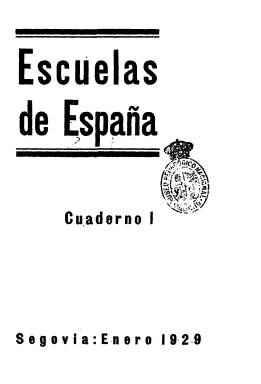
Título: Escuelas de España
Colección: Educación
Ámbito geográfico: Segovia
Lugar de publicación: Madrid
Fechas: 01/01/1929-31/07/1936

“Tres desconocidos maestros, de tres desconocidos lugares del Segovia desconocido, intentan la gran tarea de dar a conocer las escuelas y los maestros españoles”, escriben en la presentación de esta revista los jóvenes maestros nacionales David Bayón Carretero, de Cuéllar; Norberto Hernanz Hernanz, de Torre Val de San Pedro, y Pablo de Andrés y Cobos (1899-1973), de San Ildefonso, publicación que en julio de 1931 traslada su edición a Barcelona y en enero de 1934 a Madrid, y en la que escribirán sus artículos, entre otros, Manuel B. Cossío, Enrique Azcoaga, Mariano Domínguez, Isidoro Enríquez, L. Bello, A. de Tudela o Matilde G. del Real, aparecerán textos de María Zambrano y José Ferrater y Mora, tendrá representantes en más de treinta provincias, además de en Portugal, y su peripecia acabará con su último número, que se publica en julio de 1936.

Aparece estampada en la imprenta de Carlos Martín (Heraldo Segoviano) en enero de 1929, en entregas trimestrales de unas 120 páginas por número, compuestas a una columna y en 8º. Su comité de Redacción estaba dirigido por los citados Bayón, Hernanz y Cobos, tutelados por el influyente inspector Antonio Ballesteros Usano, y se decía que era una publicación “de todos los maestros, de los maestros despiertos, vigilantes, insatisfechos, ambiciosos, noblemente ambiciosos”, a la vez que manifestaba su espíritu regionalista. En julio de 1931 empieza a editarse en Barcelona, en un momento en el que ya está en vigor el decreto sobre bilingüismo que reconoce los derechos de la lengua catalana, y en su entrega de enero de 1932, anuncia su suspensión por no disponer de la suficiente financiación para seguir publicándose.

Reaparece editada en Madrid en enero de 1934, iniciando su segunda época, con el subtítulo “revista mensual de pedagogía”, haciéndolo ahora en entregas de unas 50 páginas, en algunas de las cuales insertará dibujos y unas pocas fotografías. En los números de diciembre de 1934 y 1935 publica el correspondiente índice anual de sus contenidos.

Claudio Lozano Seijas, en su estudio sobre la prensa pedagógica de la II República (1978), indica que fue concebida formalmente de modo idéntico a las demás publicaciones españolas de este carácter, y añade que “repudiaba todo espíritu de capilla” y que mantuvo una real independencia desde una postura que puede denominarse “republicanismo pedagógico”, en un tono de “derecha republicana” en el sentido azañista del término. Estuvo muy próxima a las ideas de Cossío, que será uno de sus principales colaboradores y sobre el que escribirá tras su fallecimiento.

Ofrece estudios doctrinales sobre educación, una amplia sección dedicada al examen de la práctica escolar; estudios sobre asuntos fundamentales de tipo cultural y científico; información, glosa y crítica de actualidad pedagógica; reseña y crítica de libros y noticias de España y del extranjeros. Dará cuenta de los congresos pedagógicos celebrados entre 1929 y 1930, publica ensayos sobre las Misiones Pedagógicas, o un artículo sobre Los niños ante Platero y yo.

En su cuadro de redactores aparecen Herminio Almendros, Rafael Álvarez, Teófilo Azabal, Teodoro Causí, Romero Flores, Santiago Gonzalo y Alcázar, Justa Freire, S. Hernández, Luis Huerta, Lorenzo Jou, Dionisio Prieto, Jesús Revaque, Alejandro Rodríguez “Casona”, Florentino Rodríguez, Luis Vega, Concha S. Amor, José Luis Sánchez Trincado, Rosa Sensat, Rafael Verdier, María Sánchez Arbós o Vicente Valls.

Imágenes procedentes de donativo.